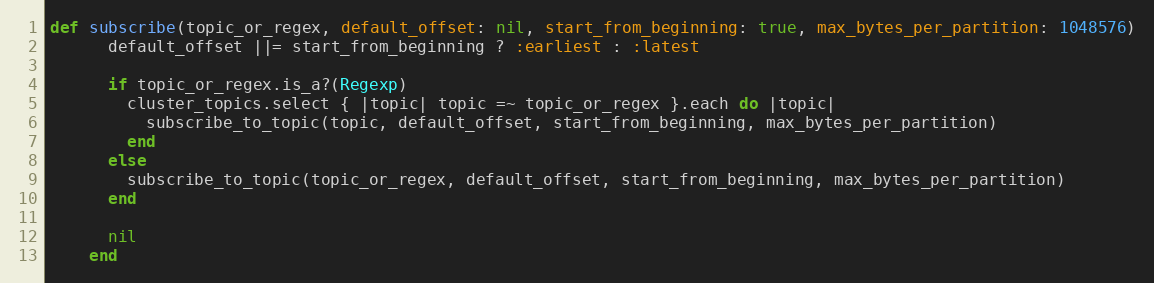
Language: Ruby
def subscribe(topic_or_regex, default_offset: nil, start_from_beginning: true, max_bytes_per_partition: 1048576)
      default_offset ||= start_from_beginning ? :earliest : :latest

      if topic_or_regex.is_a?(Regexp)
        cluster_topics.select { |topic| topic =~ topic_or_regex }.each do |topic|
          subscribe_to_topic(topic, default_offset, start_from_beginning, max_bytes_per_partition)
        end
      else
        subscribe_to_topic(topic_or_regex, default_offset, start_from_beginning, max_bytes_per_partition)
      end

      nil
    end